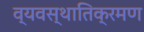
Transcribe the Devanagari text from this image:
व्यवस्थातिक्रमण